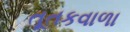
તૂતકવાળા